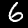
Label: 6